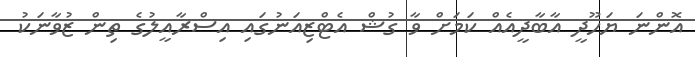
އޮންނަ ޔަހޫދީ އާބާދީއެއް ކަމަށް ވާ ގުޝް އެޓްޒިއަނުގައި އިސްރާއީލުގެ ތިން ޒުވާނަކު